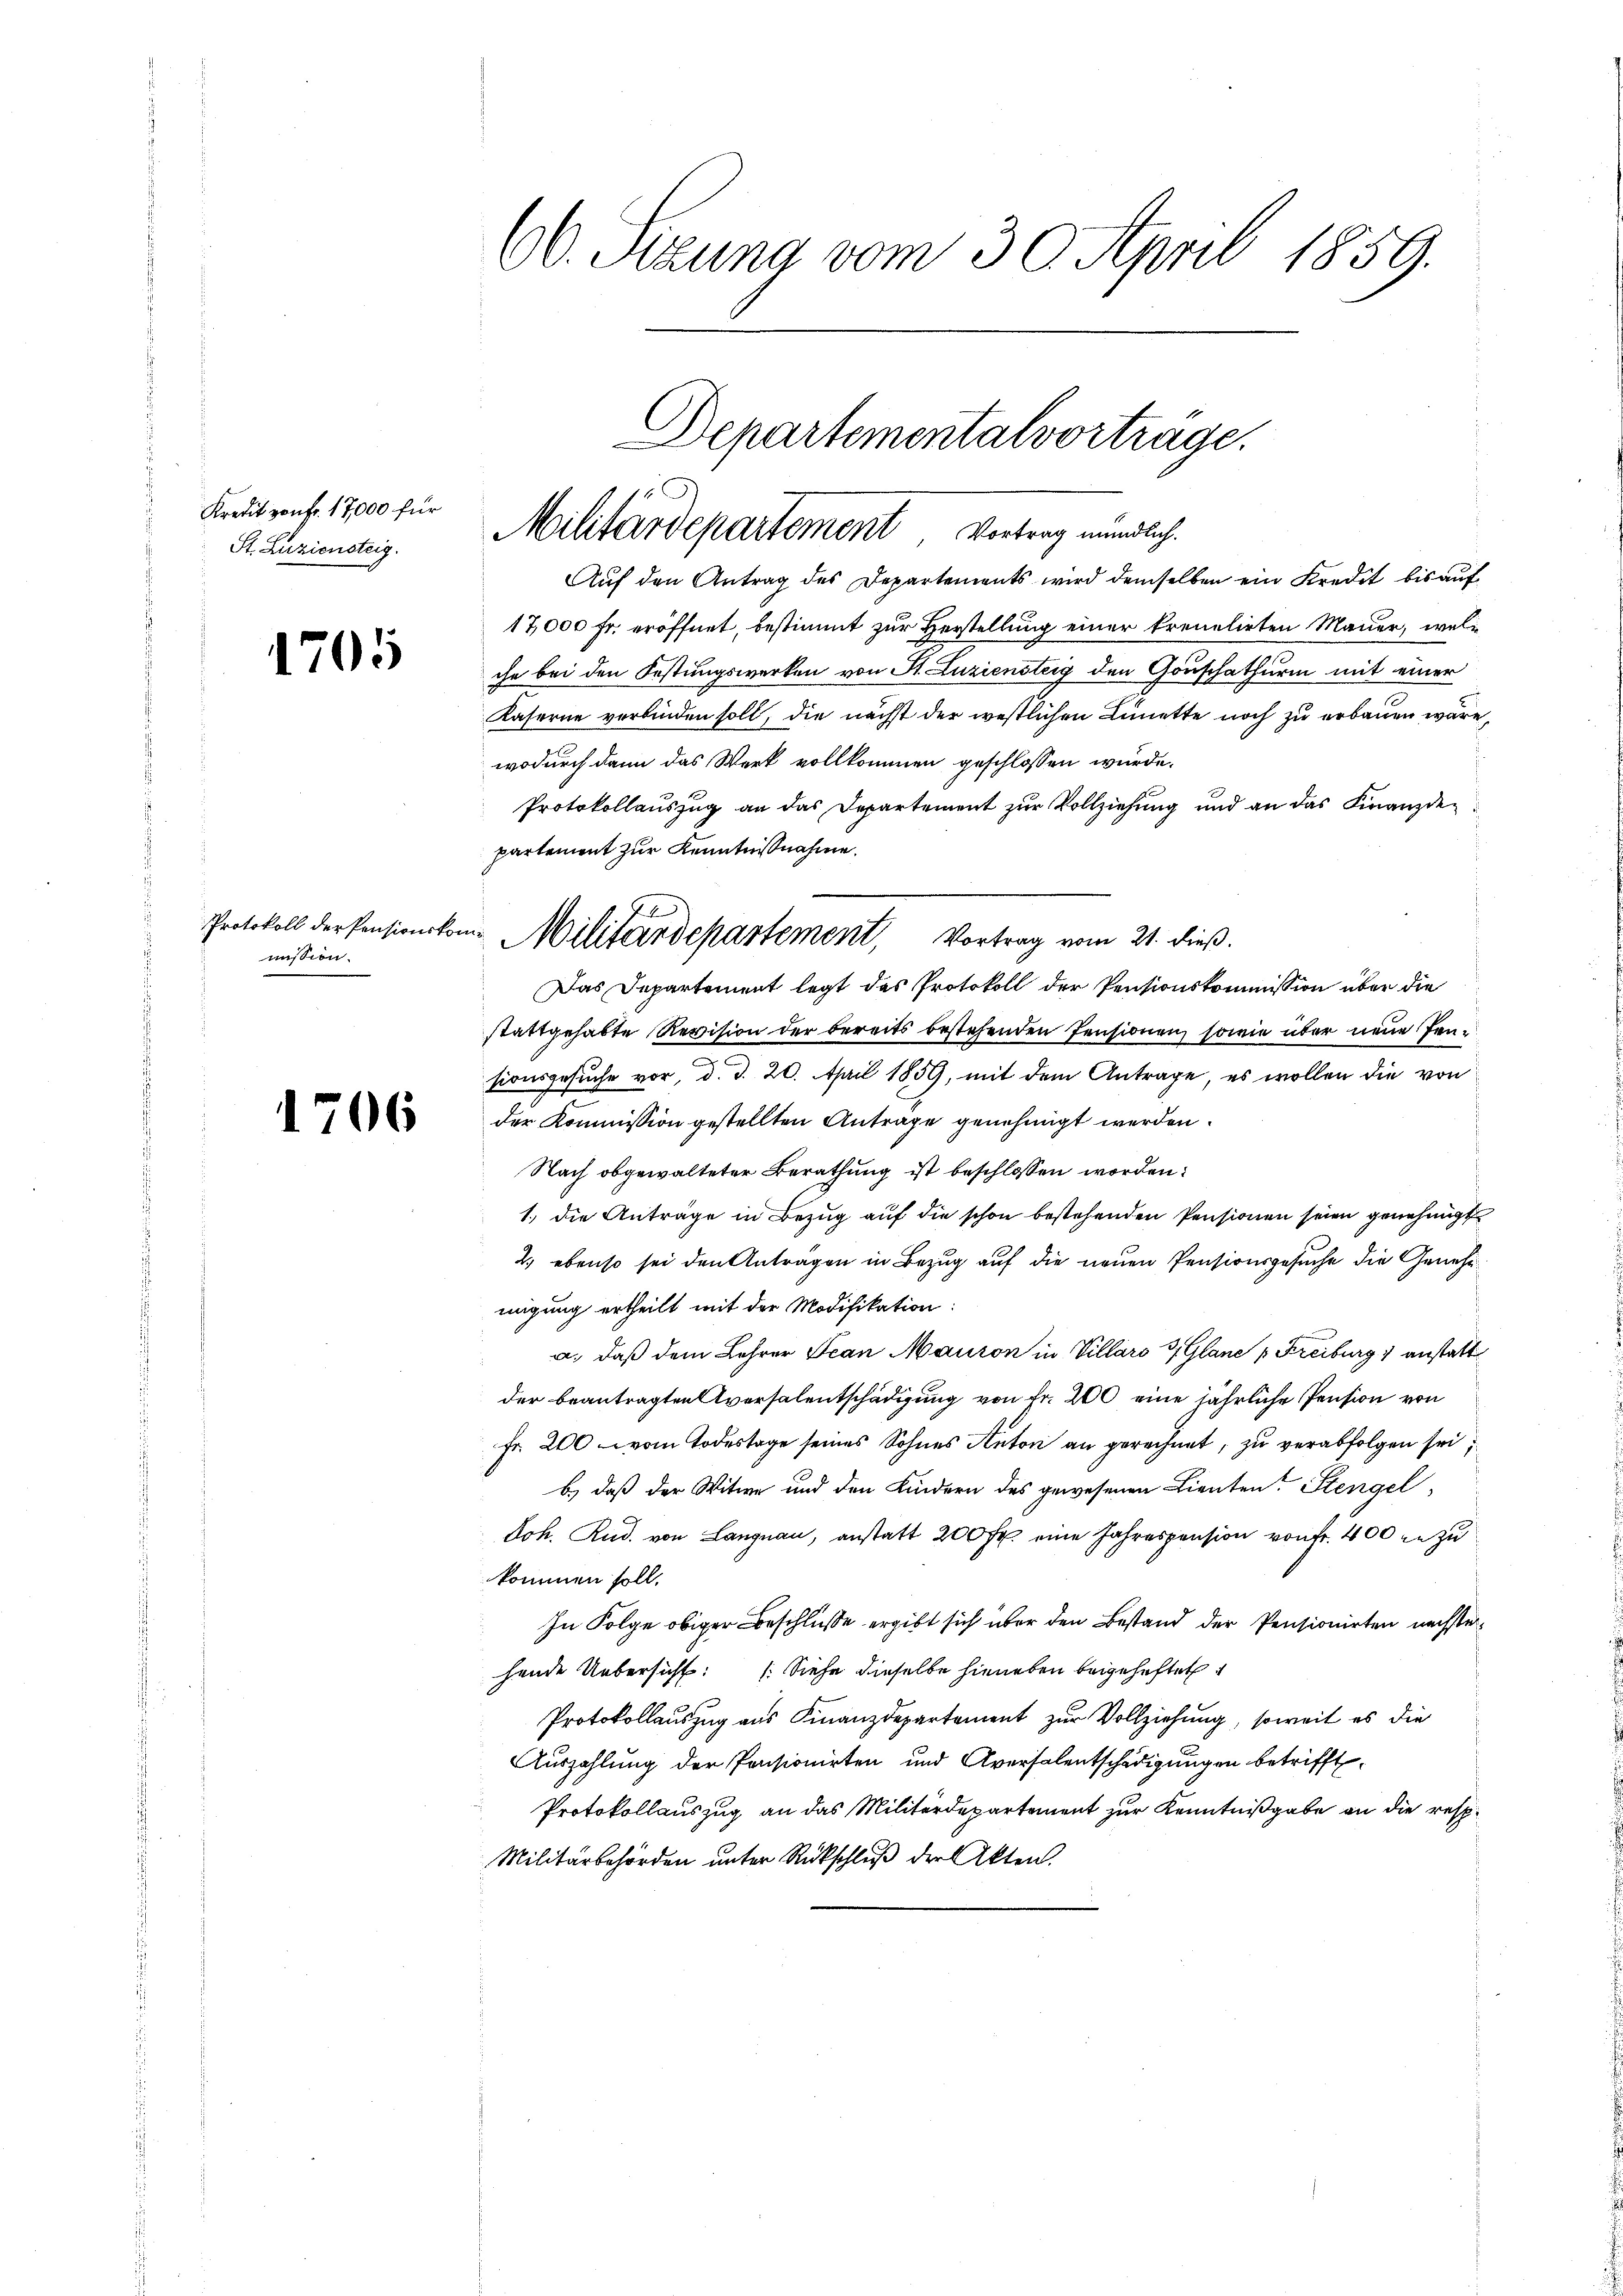
Kredit von fr. 17,000 für
St. Luziensteig.

1705

Protokoll der Pensionskon
mission.

1706

60. Sezuna vom 30. April 1859.

Departementalvortrage.
Militärdepartement, Vertrag mündlich

Auf den Antrag des Departements wird demselben ein Kredit bis auf
17,000 Fr. eröffnet, bestimmt zur Herstellung einer treuelirten Mauer, welche bei den Festungswerken von St. Luziensteig den Gouschathurm mit einer
Kaserne verbinden soll, die nächst der westlichen Lünette noch zu erbauen wäre,
wodurch dann das Werk vollkommen geschlossen wurde.
Protokollauszug an das Departement zur Vollziehung und an das Finanzde-
partement zur Kenntnißnahme.
Das Departement legt das Protokoll der Pensionskommission über die
stattgehabte Revision der bereits bestehenden Pensionen, sowie über neue Jensionsgesuche vor, d. d. 20. April 1859, mit dem Antrage, es wollen die von
der Kommission gestellten Anträge genehmigt werden.
Nach obgewalteter Berathung ist beschlossen worden:
1.) Die Anträge in Bezug auf die schon bestehenden Pensionen seien genehmigt
2.) ebenso sei den Antragen in Bezug auf die neuen Pensionsgesuche die Genehmmigung ertheilt mit der Modifikation:
a. daß dem Lehrer Jean Mauron in Villars 3, Glane p Freiburg 1 anstatt
der beantragten versalentschädigung von Fr. 200 eine jährliche Pension von
Fr. 200 vom Todestage seines Sohnes Anton an gerechnet, zu verabfolgen sei;
b.) daß der Witwe und den Kindern des gewesenen Lienten? Stengel-
Joh. Rud. von Langnau, anstatt 200 Fr. eine Jahrespension von Fr. 400 zu zu
kommen soll.
In Folge obiger Beschluße ergibt sich über den Bestand der Pensionirten nächstehende Uebersicht: Siehe dieselbe hieneben beigeheftet
Protokollauszug aus Finanzdepartement zur Vollziehung, soweit es die
Auszahlung der Pensionirten und Aversalentschädigungen betrifft
Protokollauszug an das Militärdepartement zur Kenntnißgabe an die resp.
Militärbehörden unter Rückschluß der Akten.

"Militärdepartement, Vortrag vom 21. dieß.